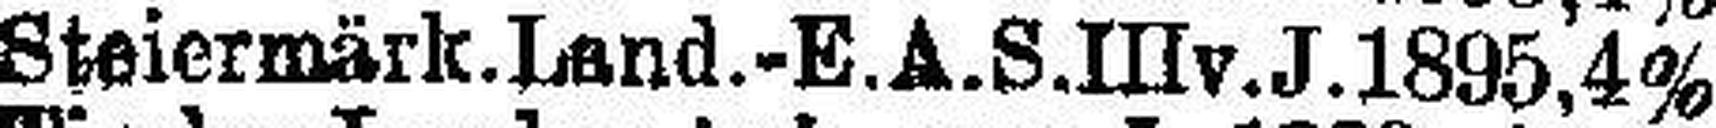
Steiermärk. Land.-E.A.S. III v.J. 1895, 4%